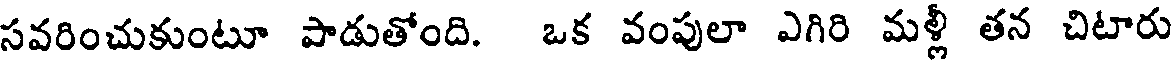
సవరించుకుంటూ పాడుతోంది. ఒక వంపులా ఎగిరి మళ్లీ తన చిటారు